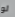
لو